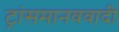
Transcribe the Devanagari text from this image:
ट्रांसमानववादी